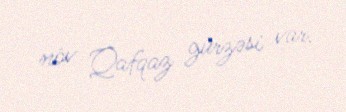
növ Qafqaz gürzəsi var.